Vaccination in Bombay 1863-1868 - 1863-1868
Year: 1863
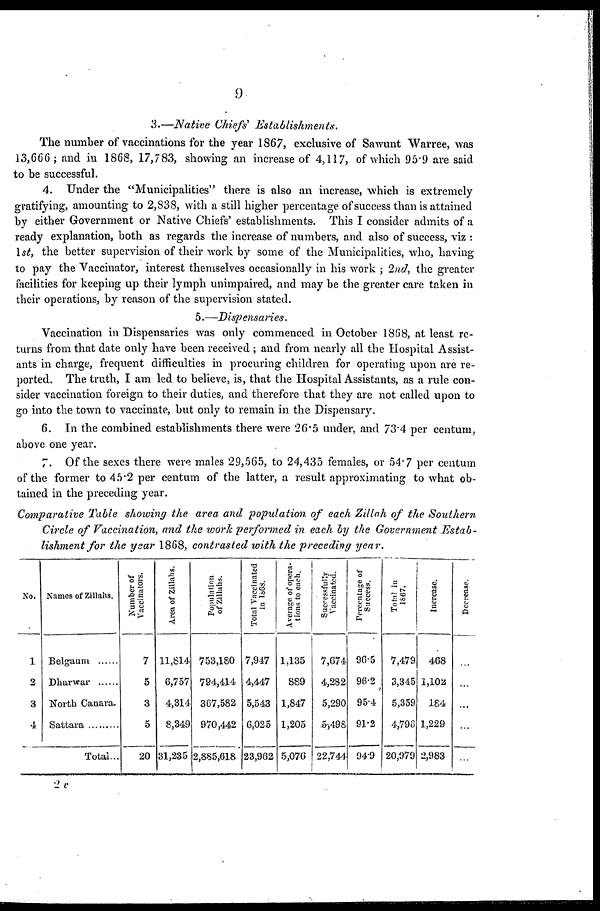
9
3.—Native Chiefs' Establishments.
The number of vaccinations for the year 1867, exclusive of Sawunt Warree, was
13,666; and in 1868, 17,783, showing an increase of 4,117, of which 95.9 are said
to be successful.
4. Under the "Municipalities" there is also an increase, which is extremely
gratifying, amounting to 2,838, with a still higher percentage of success than is attained
by either Government or Native Chiefs' establishments. This I consider admits of a
ready explanation, both as regards the increase of numbers, and also of success, viz :
1st, the better supervision of their work by some of the Municipalities, who, having
to pay the Vaccinator, interest themselves occasionally in his work ; 2nd, the greater
facilities for keeping up their lymph unimpaired, and may be the greater care taken in
their operations, by reason of the supervision stated.
5.—Dispensaries.
Vaccination in Dispensaries was only commenced in October 1868, at least re-
turns from that date only have been received ; and from nearly all the Hospital Assist-
ants in charge, frequent difficulties in procuring children for operating upon are re-
ported. The truth, I am led to believe, is, that the Hospital Assistants, as a rule con-
sider vaccination foreign to their duties, and therefore that they are not called upon to
go into the town to vaccinate, but only to remain in the Dispensary.
6. In the combined establishments there were 26.5 under, and 73.4 per centum,
above one year.
7. Of the sexes there were males 29,565, to 24,435 females, or 54.7 per centum
of the former to 45.2 per centum of the latter, a result approximating to what ob-
tained in the preceding year.
Comparative Table showing the area and population of each Zillah of the Southern
Circle of Vaccination, and the work performed in each by the Government Estab-
lishment for the year 1868, contrasted with the preceding year.
No.
1
2
3
4
Names of Zillahs.
Belgaum ......
Dharwar ......
North Canara.
Sattara ........
Total...
Number of
Vaccinators.
7
5
3
5
20
Area of Zillahs.
11,814
6,757
4,314
8,349
31,235
Population
of Zillahs.
753,180
734,414
367,582
970,442
2,885,618
Total Vaccinated
in 1868.
7,947
4,447
5,543
6,025
23,962
Average of opera-
tions to each.
1,135
889
1,847
1,205
5,076
Successfully
Vaccinated.
7,674
4,282
5,290
5,498
22,744
Percentage of
Success.
96.5
96.2
95.4
91.2
94.9
Total in
1867.
7,479
3,345
5,359
4,790
20,979
Increase.
468
1,102
184
1,229
2,983
Decrease.
...
...
...
...
...
2v